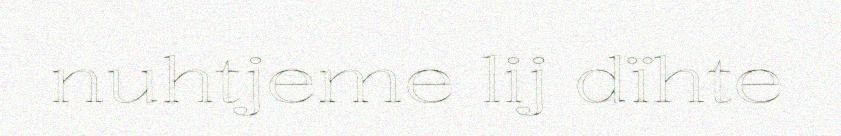
nuhtjeme lij dïhte